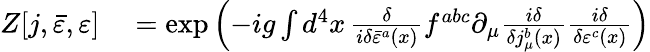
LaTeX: \begin{array}{rl}{Z[j,{\bar{\varepsilon}},\varepsilon]}&{{}=\exp\left(-ig\int d^{4}x\, {\frac{\delta}{i\delta{\bar{\varepsilon}}^{a}(x)}}f^{abc}\partial_{\mu}{\frac{i\delta}{\delta j_{\mu}^{b}(x)}}{\frac{i\delta}{\delta\varepsilon^{c}(x)}}\right)}\end{array}